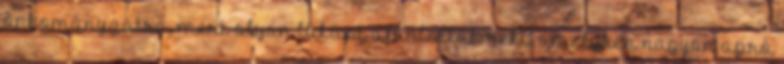
önkományzatra, mert olyan lakást ajánlottak neki, amelyben nagyon apró